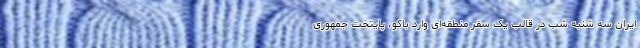
ایران سه شنبه شب در قالب یک سفر منطقه‌ای وارد باکو، پایتخت جمهوری